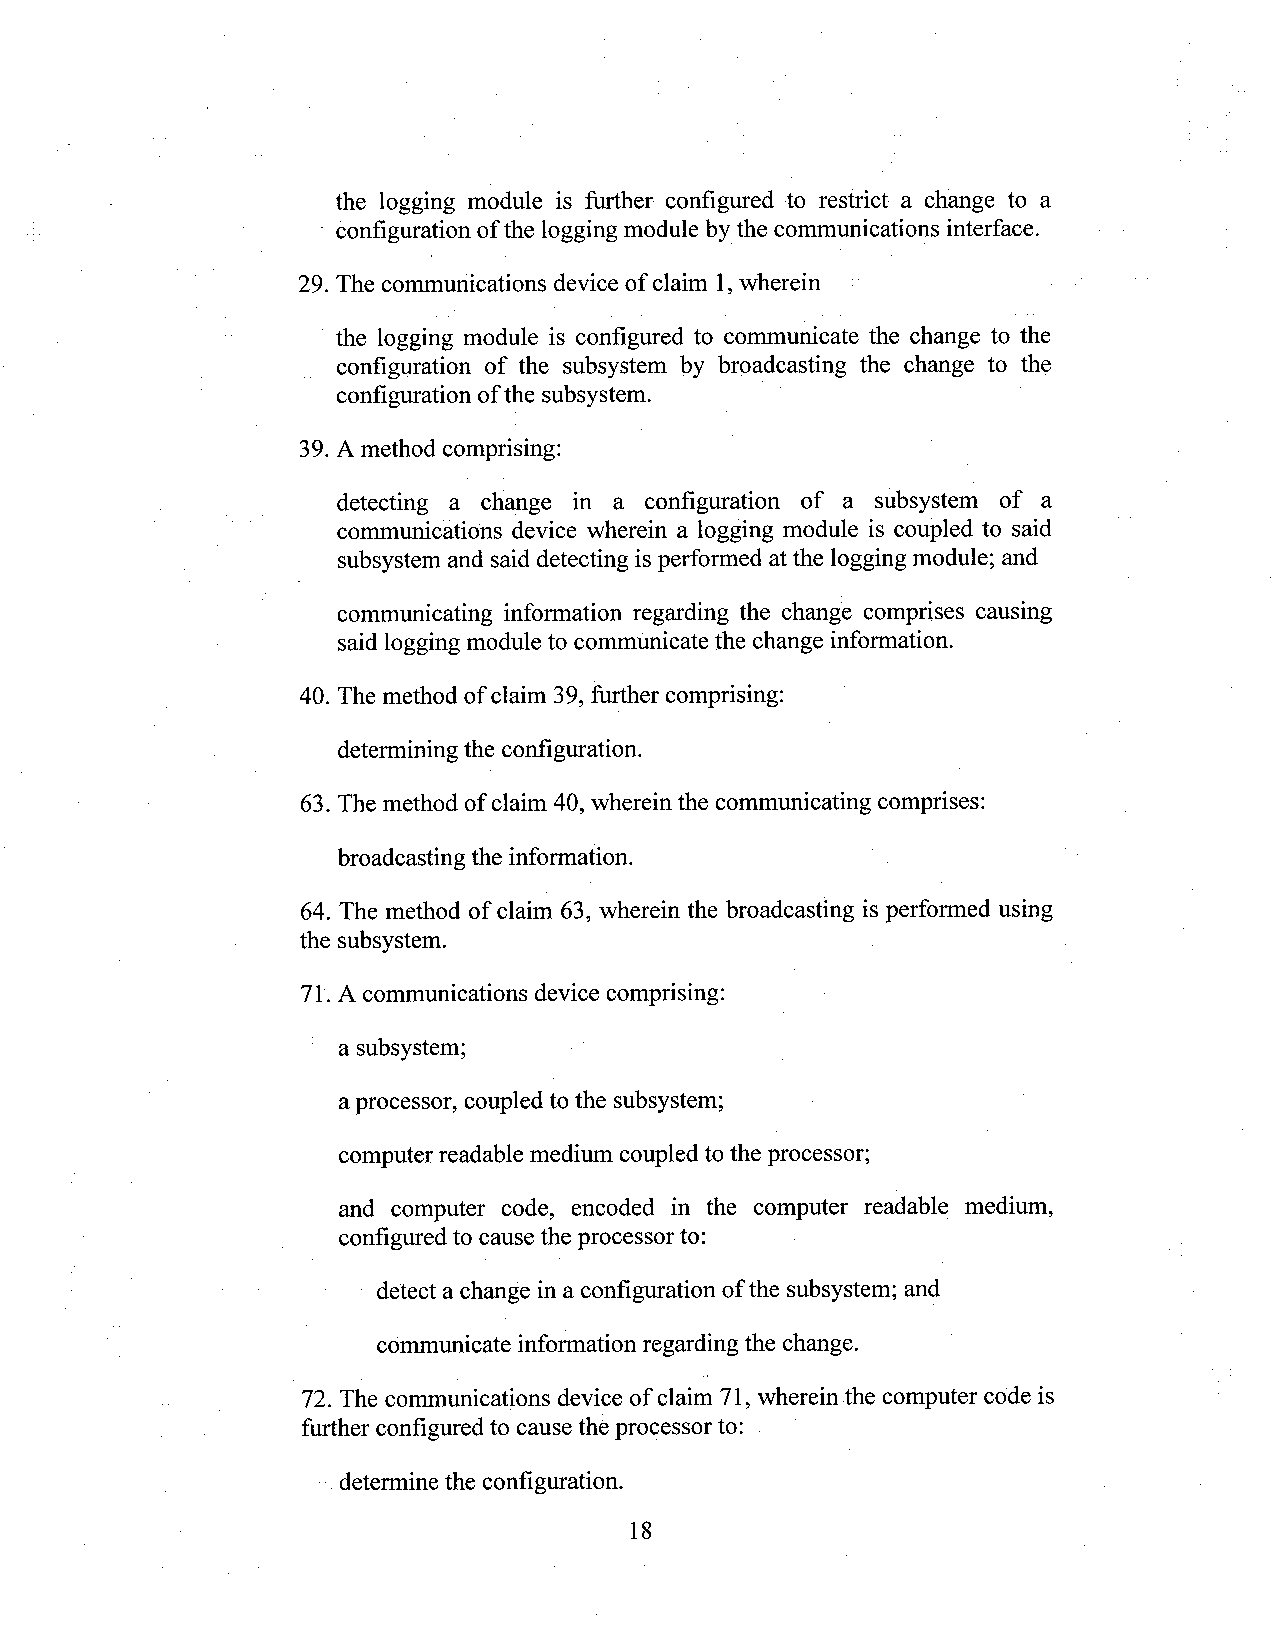
the logging module is further configured to restrict a change to a
 *configuration ofthe logging module bythe communications interface.
 29. The communications device of claim 1,wherein  ­
 the logging module is configured to communicate the change to the
 configuration of the subsystem by broadcasting the change to the
 configuration ofthe subsystem.                '
 39.A method comprising:
 detecting a change in a configuration of a subsystem of a
 communications device wherein a logging module is coupled to said
 subsystem and saiddetecting isperformed atthe logging module; and
 communicating information regarding the change comprises causing
 saidlogging module to communicate the change information.
 40. The method of claim 39, filrther comprising:
 determining the configuration.
 63.The method of claim 40, wherein the communicating comprises:
 broadcasting the information.       ' .
 64. The method of claim 63, wherein the broadcasting is performed using
 the subsystem.                        .
 71'.A communications device comprising:
 ' a subsystem;
 aprocessor, coupled to the subsystem;
 computer readable medium coupled to the processor;
 and computer code, encoded in the computer readable medimn,
 configured to cause the processor to:
 "  detect a change in a configuration of the subsystem; and
 communicate infonnation regardingthe change.
 72. The communications device of claim 71, wherein the computer code is
 further configured to cause the processor to: . ‘
 -~determine the configuration.
 18